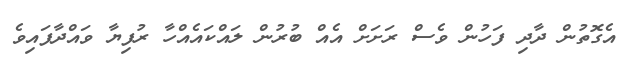
އެގޮތުން ދާދި ފަހުން ވެސް ރަށަށް އެއް ބުރުން ލައްކައެއްހާ ރުފިޔާ ވައްދާފައިވެ